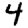
Digit: 4